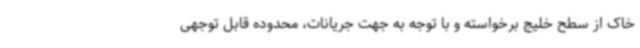
خاک از سطح خلیج برخواسته و با توجه به جهت جریانات، محدوده قابل توجهی